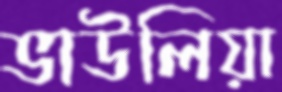
ভাউলিয়া